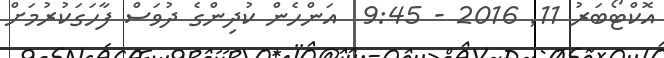
އޮކްޓޯބަރު 11